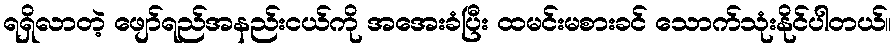
ရရှိလာတဲ့ ဖျော်ရည်အနည်းငယ်ကို အအေးခံပြီး ထမင်းမစားခင် သောက်သုံးနိုင်ပါတယ်။